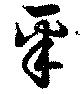
采